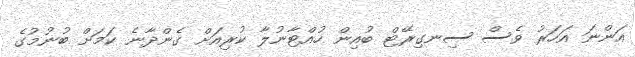
އަންނަ އަހަރު ވެސް ސިނގިރޭޓް ބުއިން ހުއްޓާނުލާ ކުރިއަށް ގެންދާނެ ކަމަށް ބުނުމުގެ